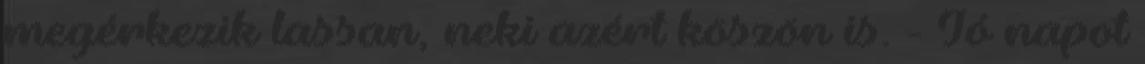
megérkezik lassan, neki azért köszön is. - Jó napot